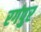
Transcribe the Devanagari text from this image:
रगंपुर